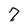
Character: 7